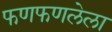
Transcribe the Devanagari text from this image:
फणफणलेला